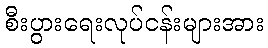
စီးပွားရေးလုပ်ငန်းများအား